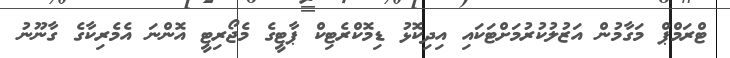
ޓްރަމްޕް މަގާމުން އަޒުލުކުރުމަށްޓަކައި އިދިކޮޅު ޑިމޮކްރެޓިކް ޕާޓީގެ މެޖޯރިޓީ އޮންނަ އެމެރިކާގެ ގާނޫނު